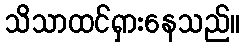
သိသာထင်ရှားနေသည်။